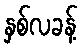
နှစ်လခန့်